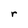
Character: r